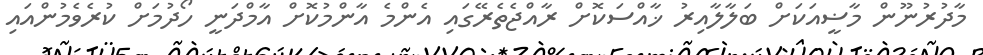
މާދުރުނޫން މާޟީއަކަށް ބަލާލާއިރު ޚާއްސަކޮށް ރާއްޖެތެރޭގައި އެންމެ އާންމުކޮށް އާމްދަނީ ހޯދުމަށް ކުރެވެމުންއައި